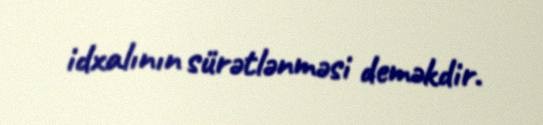
idxalının sürətlənməsi deməkdir.